Lunatic asylums Bombay report 1891-1903 - 1891-1903
Year: 1891
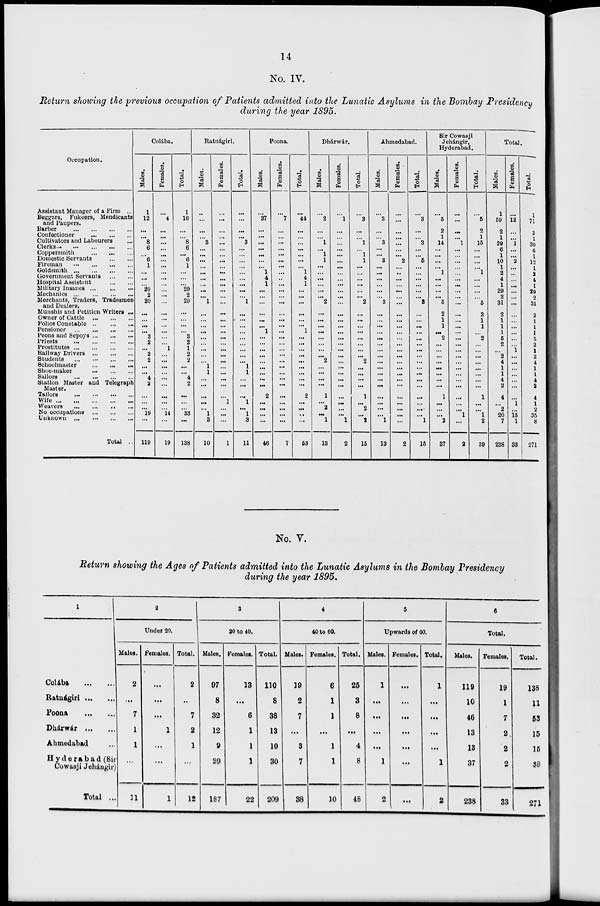
14
No. IV.
Return showing the previous occupation of Patients admitted into the Lunatic Asylums in the Bombay Presidency
during the year 1895.
Occupation.
Assistant Manager of a Firm ...
Beggars, Fukeers, Mendicants
and Paupers.
Barber
...
...
...
...
Confectioner
...
...
...
Cultivators and Labourers ...
Clerks
...
...
...
...
...
Coppersmith
...
...
...
Domestic Servants ... ...
Fireman ... ... ... ...
Goldsmith
...
...
...
...
Government Servants
...
...
Hospital Assistant
...
...
Military Insanes ... ... ...
Mechanics
...
...
...
...
Merchants, Traders, Tradesmen
and Dealers.
Munshis and Petition Writers ...
Owner of Cattle
...
...
...
Police Constable
...
...
...
Pensioner
...
...
...
...
Peons and Sepoys ... ... ...
Priests
...
...
...
...
Prostitutes
...
...
...
...
Railway Drivers ... ... ...
Students
...
...
...
...
Schoolmaster ... ... ...
Shoe-maker ... ... ...
Sailors ... ... ...
Station Master and Telegraph
Master.
Tailors
...
...
...
...
Wife
...
...
...
...
Weavers
...
...
...
...
No occupations ... ... ... ...
Unknown
...
...
...
...
Total ...
Colába.
Males.
1
12
...
...
8
6
...
6
1
...
...
...
29
2
20
...
...
...
3
2
...
2
2
...
...
4
2
...
...
...
19
...
119
Females.
...
4
...
...
...
...
...
...
...
...
...
...
...
...
...
...
...
...
...
...
...
1
...
...
...
...
...
...
...
...
...
14
...
19
Total.
1
16
...
...
8
6
...
6
1
...
...
...
29
2
20
...
...
...
...
3
2
1
2
2
...
...
4
2
...
...
...
33
...
138
Ratnágiri
Males.
...
...
...
...
3
...
...
...
...
...
...
...
...
...
1
...
...
...
...
...
...
...
...
...
1
1
...
...
...
...
...
1
3
10
Females.
...
...
...
...
...
...
...
...
...
...
...
...
...
...
...
...
...
...
...
...
...
...
...
...
...
...
...
...
...
1
...
...
...
1
Total.
...
...
...
...
3
...
...
...
...
...
...
...
...
...
1
...
...
...
...
...
...
...
...
...
1
1
...
...
...
1
...
1
3
11
Poona.
Males.
...
37
...
...
...
...
...
...
...
1
4
1
...
...
...
...
...
...
1
...
...
...
...
...
...
...
...
...
2
...
...
...
...
46
Females.
...
7
...
...
...
...
...
...
...
...
...
...
...
...
...
...
...
...
...
...
...
...
...
...
...
...
...
...
...
...
...
...
...
7
Total.
...
44
...
...
...
...
...
...
...
1
4
1
...
...
...
...
...
...
1
...
...
...
...
...
...
...
...
...
2
...
...
...
...
53
Dhárwár.
Males.
...
2
...
...
1
...
1
1
...
...
...
...
...
...
2
...
...
...
...
...
...
...
...
2
...
...
...
...
1
...
2
...
1
13
Females.
...
1
...
...
...
...
...
...
...
...
...
...
...
...
...
...
...
...
...
...
...
...
...
...
...
...
...
...
...
...
...
...
1
2
Total.
...
3
...
...
1
...
1
1
...
...
...
...
...
...
2
...
...
...
...
...
...
...
...
2
...
...
...
...
1
...
2
...
2
15
Ahmedabad.
Males.
...
3
...
...
3
...
...
3
...
...
...
...
...
...
3
...
...
...
...
...
...
...
...
...
...
...
...
...
...
...
...
...
1
13
Females.
...
...
...
...
...
...
...
2
...
...
...
...
...
...
...
...
...
...
...
...
...
...
...
...
...
...
...
...
...
...
...
...
...
2
Total.
...
3
...
...
3
...
...
5
...
...
...
...
...
...
3
...
...
...
...
...
...
...
...
...
...
...
...
...
...
...
...
...
1
15
Sir Cowasji
Jehángir,
Hyderabad.
Males.
...
5
2
1
14
...
...
...
...
1
...
...
...
...
5
2
1
1
...
2
...
...
...
...
...
...
...
...
1
...
...
...
2
37
Females.
...
...
...
...
1
...
...
...
...
...
...
...
...
...
...
...
...
...
...
...
...
...
...
...
...
...
...
...
...
...
...
1
...
9
Total.
...
5
2
1
15
...
...
...
...
1
...
...
...
...
5
2
1
1
...
2
...
...
...
...
...
...
...
...
1
...
...
1
2
39
Total.
Males.
1
59
2
1
29
6
1
10
1
2
4
1
29
2
31
2
1
1
1
5
2
...
2
4
1
1
4
2
4
...
2
20
7
238
Females.
...
12
...
...
1
...
...
2
...
...
...
...
...
...
...
...
...
...
...
...
...
1
...
...
...
...
...
...
...
1
...
15
1
33
Total.
1
71
2
1
30
6
1
12
1
2
4
1
29
2
31
2
1
1
1
5
2
1
2
4
1
1
4
2
4
1
2
35
8
271
No. V.
Return showing the Ages of Patients admitted into the Lunatic Asylums in the Bombay Presidency
during the year 1895.
1
Colába
...
...
Ratnágiri ... ...
Poona
...
...
Dhárwár ... ...
Ahmedabad ... ...
Hyderabad (Sir
Cowasji Jehángir)
Total ...
2
Under 20.
Males.
2
...
7
1
1
...
11
Females.
...
...
...
1
...
...
1
Total.
2
...
7
2
1
...
12
3
20 to 40.
Males.
97
8
32
12
9
29
187
Females.
13
...
6
1
1
1
22
Total.
110
8
38
13
10
30
209
4
40 to 60.
Males.
19
2
7
...
3
7
38
Females.
6
1
1
...
1
1
10
Total.
25
3
8
...
4
8
48
5
Upwards of 60.
Males.
1
...
...
...
...
1
2
Females.
...
...
...
...
...
...
...
Total.
1
...
...
...
...
1
2
6
Total.
Males.
119
10
46
13
13
37
238
Females.
19
1
7
2
2
2
33
Total.
138
11
53
15
15
39
271